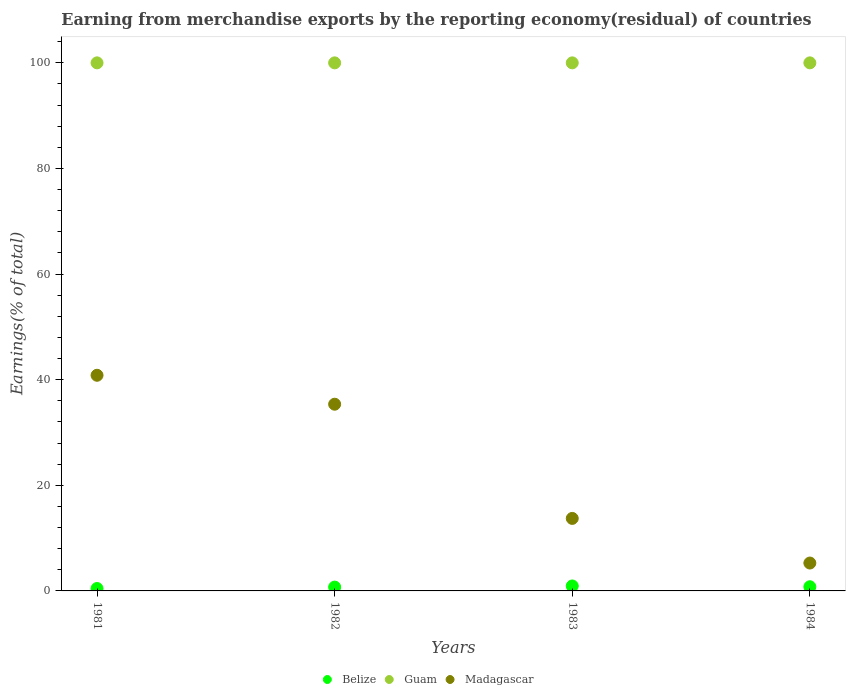
| Years | Belize | Guam | Madagascar |
 | --- | --- | --- | --- |
 | 1981 | 0.453 | 100 | 40.8 |
 | 1982 | 0.723 | 100 | 35.4 |
 | 1983 | 0.938 | 100 | 13.7 |
 | 1984 | 0.791 | 100 | 5.28 |